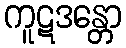
ကူဋဒန္တော